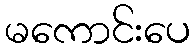
မကောင်းပေ